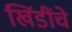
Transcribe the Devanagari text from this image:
खिंडींचे